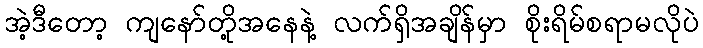
အဲ့ဒီတော့ ကျနော်တို့အနေနဲ့ လက်ရှိအချိန်မှာ စိုးရိမ်စရာမလိုပဲ